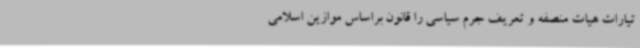
تیارات هیات منصفه و تعریف جرم سیاسی را قانون براساس موازین اسلامی